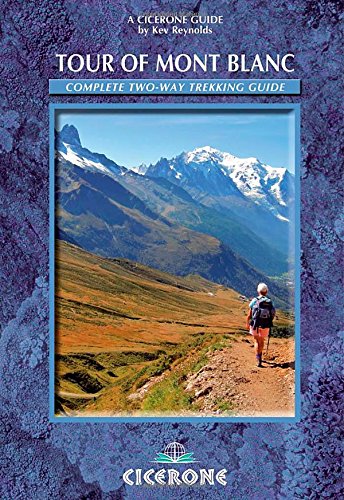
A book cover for Tour of Mont Blanc: Complete two-way trekking guide (Cicerone Guides); Kev Reynolds; Travel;